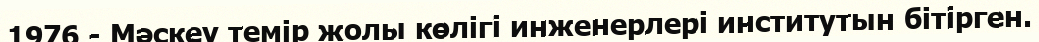
1976 - Мәскеу темір жолы көлігі инженерлері институтын бітірген.